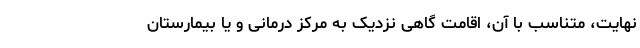
نهایت، متناسب با آن، اقامت گاهی نزدیک به مرکز درمانی و یا بیمارستان